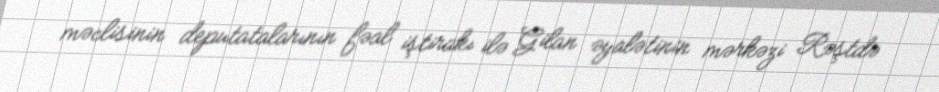
məclisinin deputatalarının fəal iştirakı ilə Gilan əyalətinin mərkəzi Rəştdə